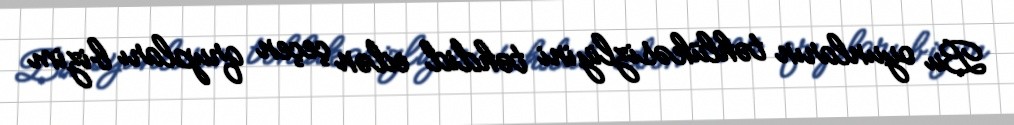
Bu oyunların təhlükəsizliyini təhdid edən çeçen qrupları bizim